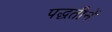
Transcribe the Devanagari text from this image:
पद्धतीनें